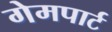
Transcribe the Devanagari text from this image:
गेमपार्ट